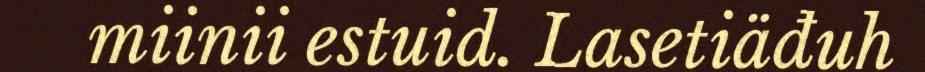
miinii estuid. Lasetiäđuh